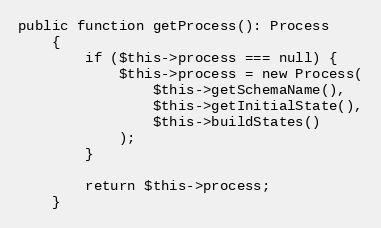
Language: PHP
public function getProcess(): Process
    {
        if ($this->process === null) {
            $this->process = new Process(
                $this->getSchemaName(),
                $this->getInitialState(),
                $this->buildStates()
            );
        }

        return $this->process;
    }